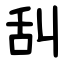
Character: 舏